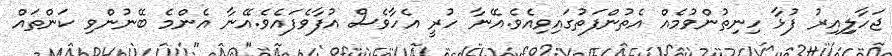
ޖަހާލިިިިއިރު ފުޅާ ހިނިތުންވުމެއް އެތުންފަތުގައިވިއެވެ.އޭނާ ހުރީ އެހާވެެސް އުފާވެފައެވެ.އޭނާ އެންމެ ބޭނުންވި ކަންތައް